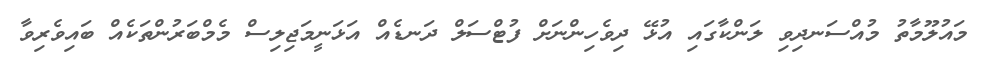
މައުލޫމާތު މުއްސަނދިވި ލަންކާގައި އުޅޭ ދިވެހިންނަށް ފުޓްސަލް ދަނޑެއް އަޅަނީމަޖިލިސް މެމްބަރުންތަކެއް ބައިވެރިވާ